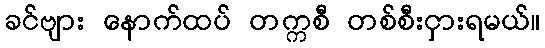
ခင်ဗျား နောက်ထပ် တက္ကစီ တစ်စီးငှားရမယ်။